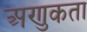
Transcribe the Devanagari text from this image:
अणुकता